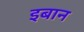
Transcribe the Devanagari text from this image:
इबान